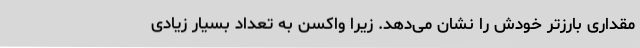
مقداری بارزتر خودش را نشان می‌دهد. زیرا واکسن به تعداد بسیار زیادی